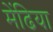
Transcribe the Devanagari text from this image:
मेंढिया